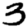
Digit: 3